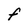
Character: F